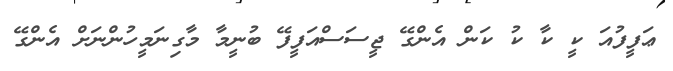
ޢަފީފުއަ ކީ ކާ ކު ކަން އެންގޭ ޖީސަސްއަފީފޭ ބުނީމާ މާގިނަމީހުންނަށް އެންގޭ